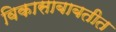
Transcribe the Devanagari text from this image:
विकासाबाबतीत